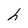
Character: h